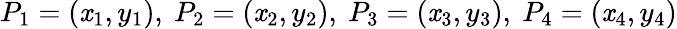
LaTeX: P_{1}=(\mathit{x}_{1},y_{1}),\ P_{2}=(\mathit{x}_{2},y_{2}),\ P_{3}=(\mathit{x}_{3},y_{3}),\ P_{4}=(\mathit{x}_{4},y_{4})